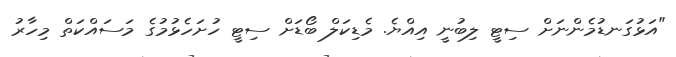
"އަޅުގަނޑުމެންނަށް ސިޓީ ލިބުނީ އިއްޔެ. މެޑިކަލް ބޯޑަށް ސިޓީ ހުށަހެޅުމުގެ މަސައްކަތް މިހާރު